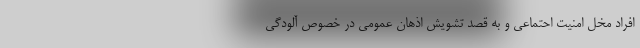
افراد مخل امنیت احتماعی و به قصد تشویش اذهان عمومی در خصوص آلودگی